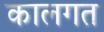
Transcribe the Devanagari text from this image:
कालगत